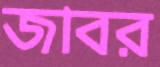
জাবর